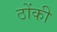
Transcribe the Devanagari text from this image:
ठोंकी